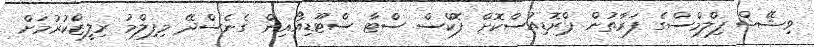
ވިޝޭޝް ފިލްމްސްގެ ފަރާތުން ޕްރޮޑިއުސްކޮށް ފޮކްސް ސްޓާ ސްޓޫޑިއޯއިން ގެނެސްދޭ މިފިލްމު ރިލީޒްކުރުމަށް